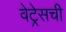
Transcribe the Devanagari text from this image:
वेट्रेसची